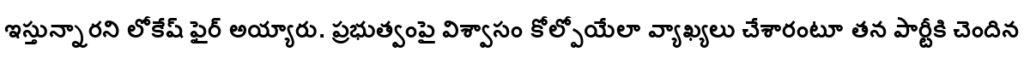
ఇస్తున్నారని లోకేష్ ఫైర్ అయ్యారు. ప్రభుత్వంపై విశ్వాసం కోల్పోయేలా వ్యాఖ్యలు చేశారంటూ తన పార్టీకి చెందిన